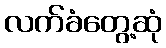
လက်ခံတွေ့ဆုံ